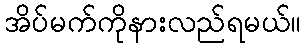
အိပ်မက်ကိုနားလည်ရမယ်။